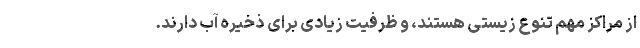
از مراکز مهم تنوع زیستی هستند، و ظرفیت زیادی برای ذخیره آب دارند.